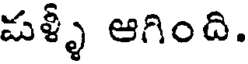
పళ్ళీ ఆగింది.